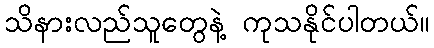
သိနားလည်သူတွေနဲ့ ကုသနိုင်ပါတယ်။